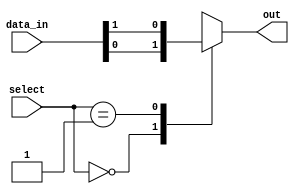
module mux_128to1 (
  input [127:0] data_in,
  input [6:0] select,
  output reg out
);

always @* begin
  case(select)
    7'b0000000: out = data_in[0];
    7'b0000001: out = data_in[1];
    // continue this pattern up to 7'b1111111 for all 128 input signals
    default: out = 1'bx; // Output is undefined for invalid select values
  endcase
end

endmodule